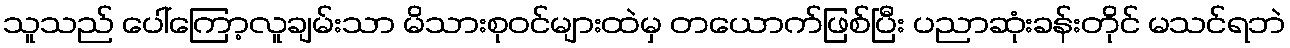
သူသည် ပေါ်ကြော့လူချမ်းသာ မိသားစုဝင်များထဲမှ တယောက်ဖြစ်ပြီး ပညာဆုံးခန်းတိုင် မသင်ရဘဲ